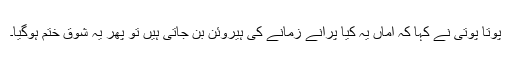
پوتا پوتی نے کہا کہ اماں یہ کیا پرانے زمانے کی ہیروئن بن جاتی ہیں تو پھر یہ شوق ختم ہوگیا۔